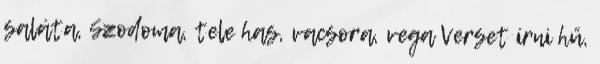
saláta, Szodoma, tele has, vacsora, vega Verset írni hű,